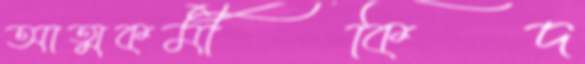
আত্মকর্মীকিদ